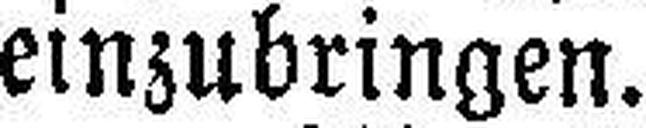
einzubringen.